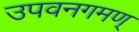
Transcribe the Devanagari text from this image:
उपवनगमण्